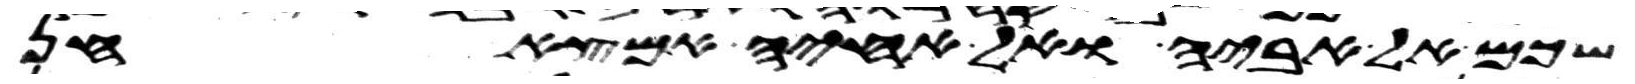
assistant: שכם אל אביה ואל אחיה אמצא חן